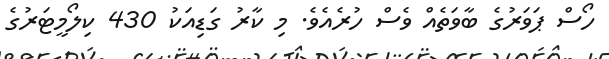
ހޯސް ޕަވަރުގެ ބާވަތެއް ވެސް ހުރެއެވެ. މި ކާރު ގަޑިއަކު 430 ކިލޯމީޓަރުގެ